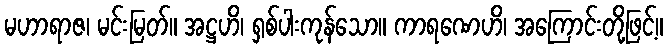
မဟာရာဇ၊ မင်းမြတ်။ အဋ္ဌဟိ၊ ရှစ်ပါးကုန်သော။ ကာရဏေဟိ၊ အကြောင်းတို့ဖြင့်။